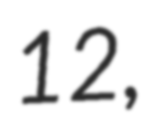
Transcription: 12,